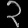
Digit: ၃